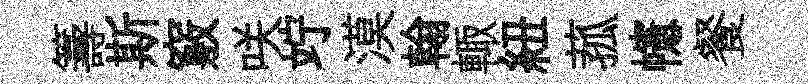
籌斯竅咲竚漠翰輙紐菰幰餐